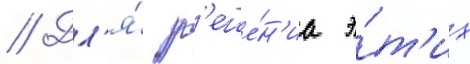
// Дл'я́ р'еше́н'иа э́т'их